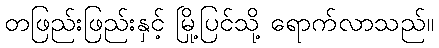
တဖြည်းဖြည်းနှင့် မြို့ပြင်သို့ ရောက်လာသည်။